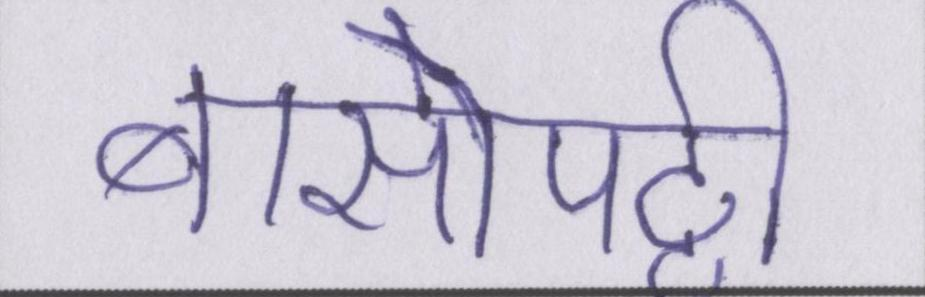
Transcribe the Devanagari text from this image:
बासोपट्टी